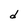
Character: d